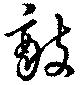
敵